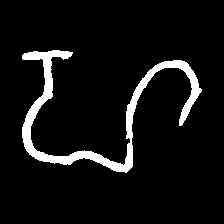
Pyu character \u2014 Myanmar letter: ဟ (romanized: ha)